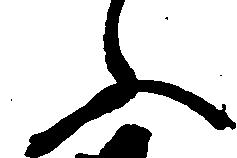
ふ